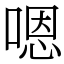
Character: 嗯